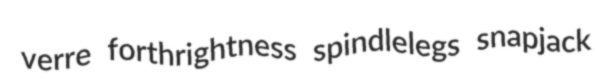
verre forthrightness spindlelegs snapjack